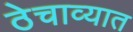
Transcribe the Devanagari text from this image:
ठेचाव्यात